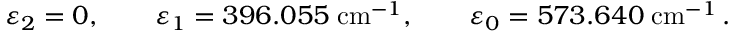
\varepsilon _ { 2 } = 0 , \qquad \varepsilon _ { 1 } = 3 9 6 . 0 5 5 \; \mathrm { c m } ^ { - 1 } , \qquad \varepsilon _ { 0 } = 5 7 3 . 6 4 0 \; \mathrm { c m } ^ { - 1 } \, .